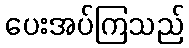
ပေးအပ်ကြသည်